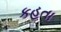
કહતા